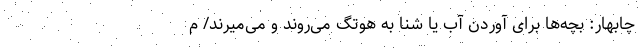
چابهار: بچه‌ها برای آوردن آب یا شنا به هوتگ می‌روند و می‌میرند/ م